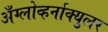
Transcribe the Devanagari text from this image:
अँग्लोव्हर्नाक्युलर